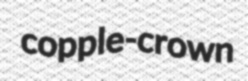
copple-crown